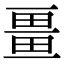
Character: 畺